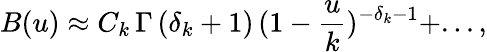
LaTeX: B(u)\approx C_{k}\, \Gamma\, (\delta_{k}+1)\, (1-{\frac{u}{k}})^{-\delta_{k}-1}+...,